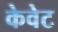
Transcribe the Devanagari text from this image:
केवेट